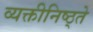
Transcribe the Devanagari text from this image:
व्यक्तीनिष्ठ्ते